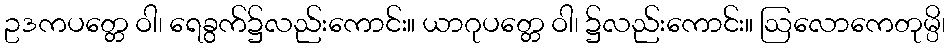
ဥဒကပတ္တေ ဝါ၊ ရေခွက်၌လည်းကောင်း။ ယာဂုပတ္တေ ဝါ၊ ၌လည်းကောင်း။ ဩလောကေတုမ္ပိ၊